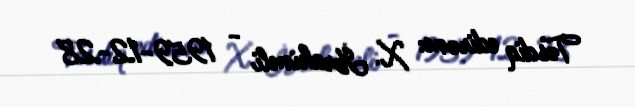
Təsdiq edirəm: X. İbrahimli - 1959-12-28